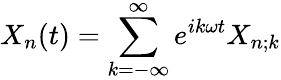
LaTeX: X_{n}(t)=\sum_{k=-\infty}^{\infty}e^{ik\omega t}X_{n;k}